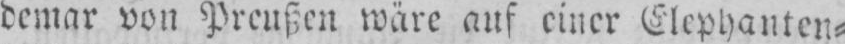
demar von Preußen wäre auf einer Elephanten⸗